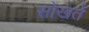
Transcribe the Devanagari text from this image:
सोखतें